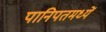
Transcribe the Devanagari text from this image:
पानिपतमध्यें